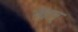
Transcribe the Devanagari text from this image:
नेतान्